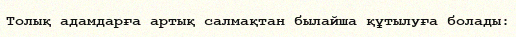
Толық адамдарға артық салмақтан былайша құтылуға болады: